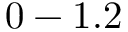
0 - 1 . 2